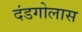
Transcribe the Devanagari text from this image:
दंडगोलास